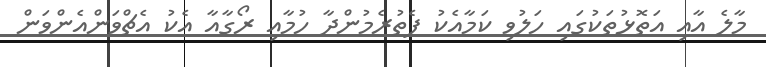
މާލެ އާއި އަތޮޅުތަކުގައި ހަލުވި ކަމާއެކު ފެތުރެމުންދާ ހުމާއި ރޯގާއާ އެކު އެޗްވަންއެންވަން